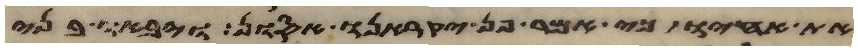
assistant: את אחיו כי אמר פן יקראנו אסון ויבאו בני